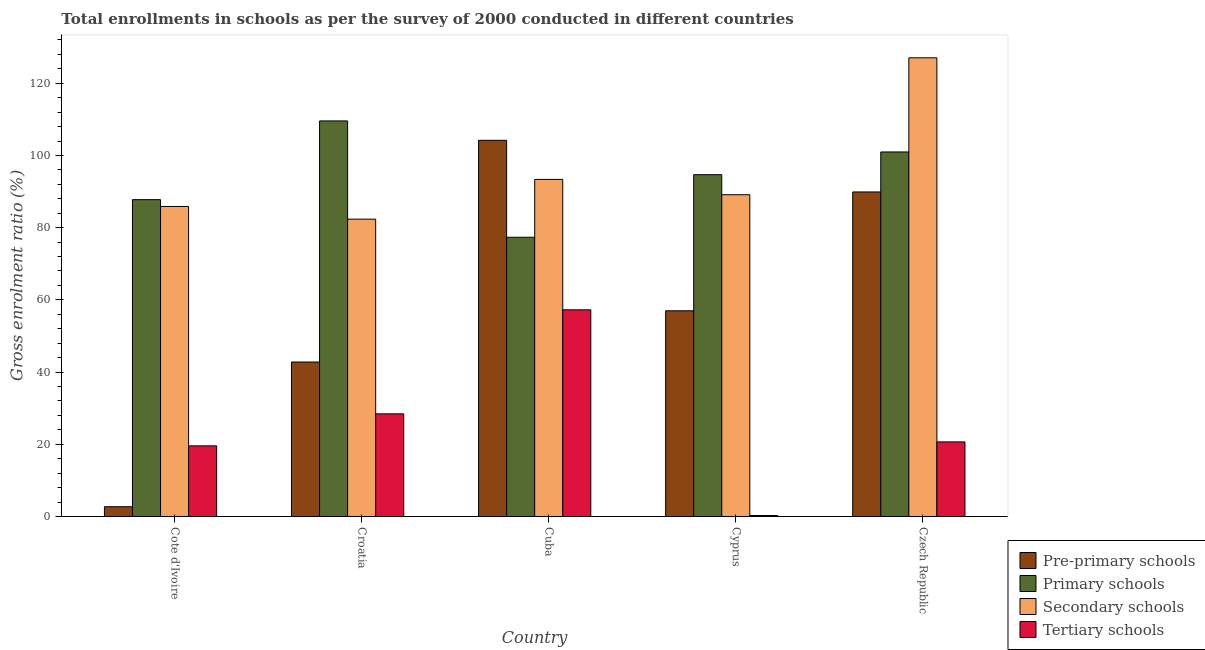
| Country | Pre-primary schools | Primary schools | Secondary schools | Tertiary schools |
 | --- | --- | --- | --- | --- |
 | Cote d'Ivoire | 2.7 | 87.8 | 85.9 | 19.6 |
 | Croatia | 42.8 | 110 | 82.4 | 28.4 |
 | Cuba | 104 | 77.3 | 93.4 | 57.2 |
 | Cyprus | 57 | 94.7 | 89.1 | 0.267 |
 | Czech Republic | 89.9 | 101 | 127 | 20.7 |